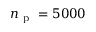
n _ { \mathrm { ~ p ~ } } = 5 0 0 0